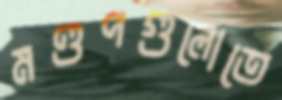
মণ্ডপগুলোতে